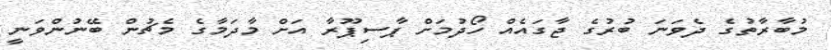
މުބާރާތުގެ ދެވަނަ ބުރުގެ ޖާގައެއް ހޯދުމަށް ޕާސިޕޫރާ އަށް މާދަމާގެ މެޗުން ބޭނުންވަނީ